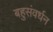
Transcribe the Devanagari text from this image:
बहुसंवर्धन